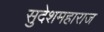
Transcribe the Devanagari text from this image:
सुदेशमहाराज